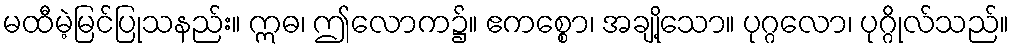
မထီမဲ့မြင်ပြုသနည်း။ ဣဓ၊ ဤလောက၌။ ဧကစ္စော၊ အချို့သော။ ပုဂ္ဂလော၊ ပုဂ္ဂိုလ်သည်။